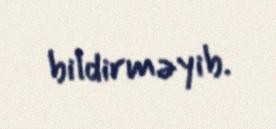
bildirməyib.